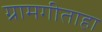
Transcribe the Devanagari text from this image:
ग्रामगीताहा